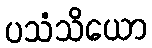
ပသံသိယော